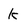
Character: k